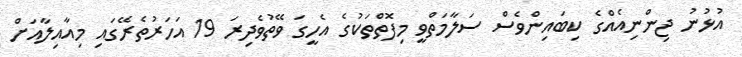
އުޅުނު ޖިންނިއެއްގެ ކިބައިންވެސް ސަލާމަތްވީ މިފޮތްތަކުގެ އެހީގަ ވޭތުވެދިރަ 19 އަހަރުތެރޭގައި މިއާއިލާއަށް